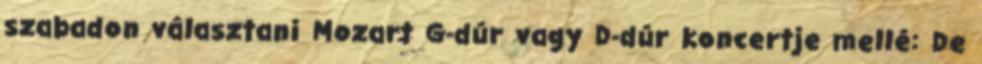
szabadon választani Mozart G-dúr vagy D-dúr koncertje mellé: De